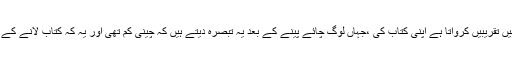
پھر اپنے پیسے لگا کر مختلف شہروں میں تقریبیں کرواتا ہے اپنی کتاب کی ،جہاں لوگ چائے پینے کے بعد یہ تبصرہ دیتے ہیں کہ چینی کم تھی اور یہ کہ کتاب لانے کے لیے یہ وقت کسی طور مناسب نہیں تھا۔